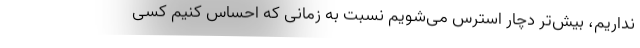
نداریم،‌ بیش‌تر دچار استرس می‌شویم نسبت به زمانی که احساس کنیم کسی